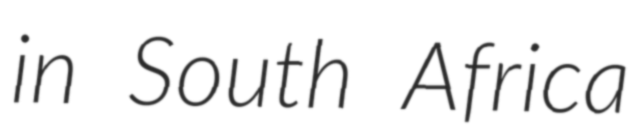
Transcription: in South Africa